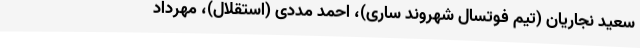
سعید نجاریان (تیم فوتسال شهروند ساری)، احمد مددی (استقلال)، مهرداد